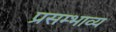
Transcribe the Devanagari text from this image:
प्रसम्भाव्य